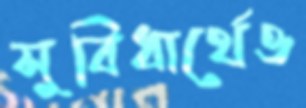
সুবিধার্থেও